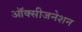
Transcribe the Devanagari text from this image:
ऑक्सीजनेशन